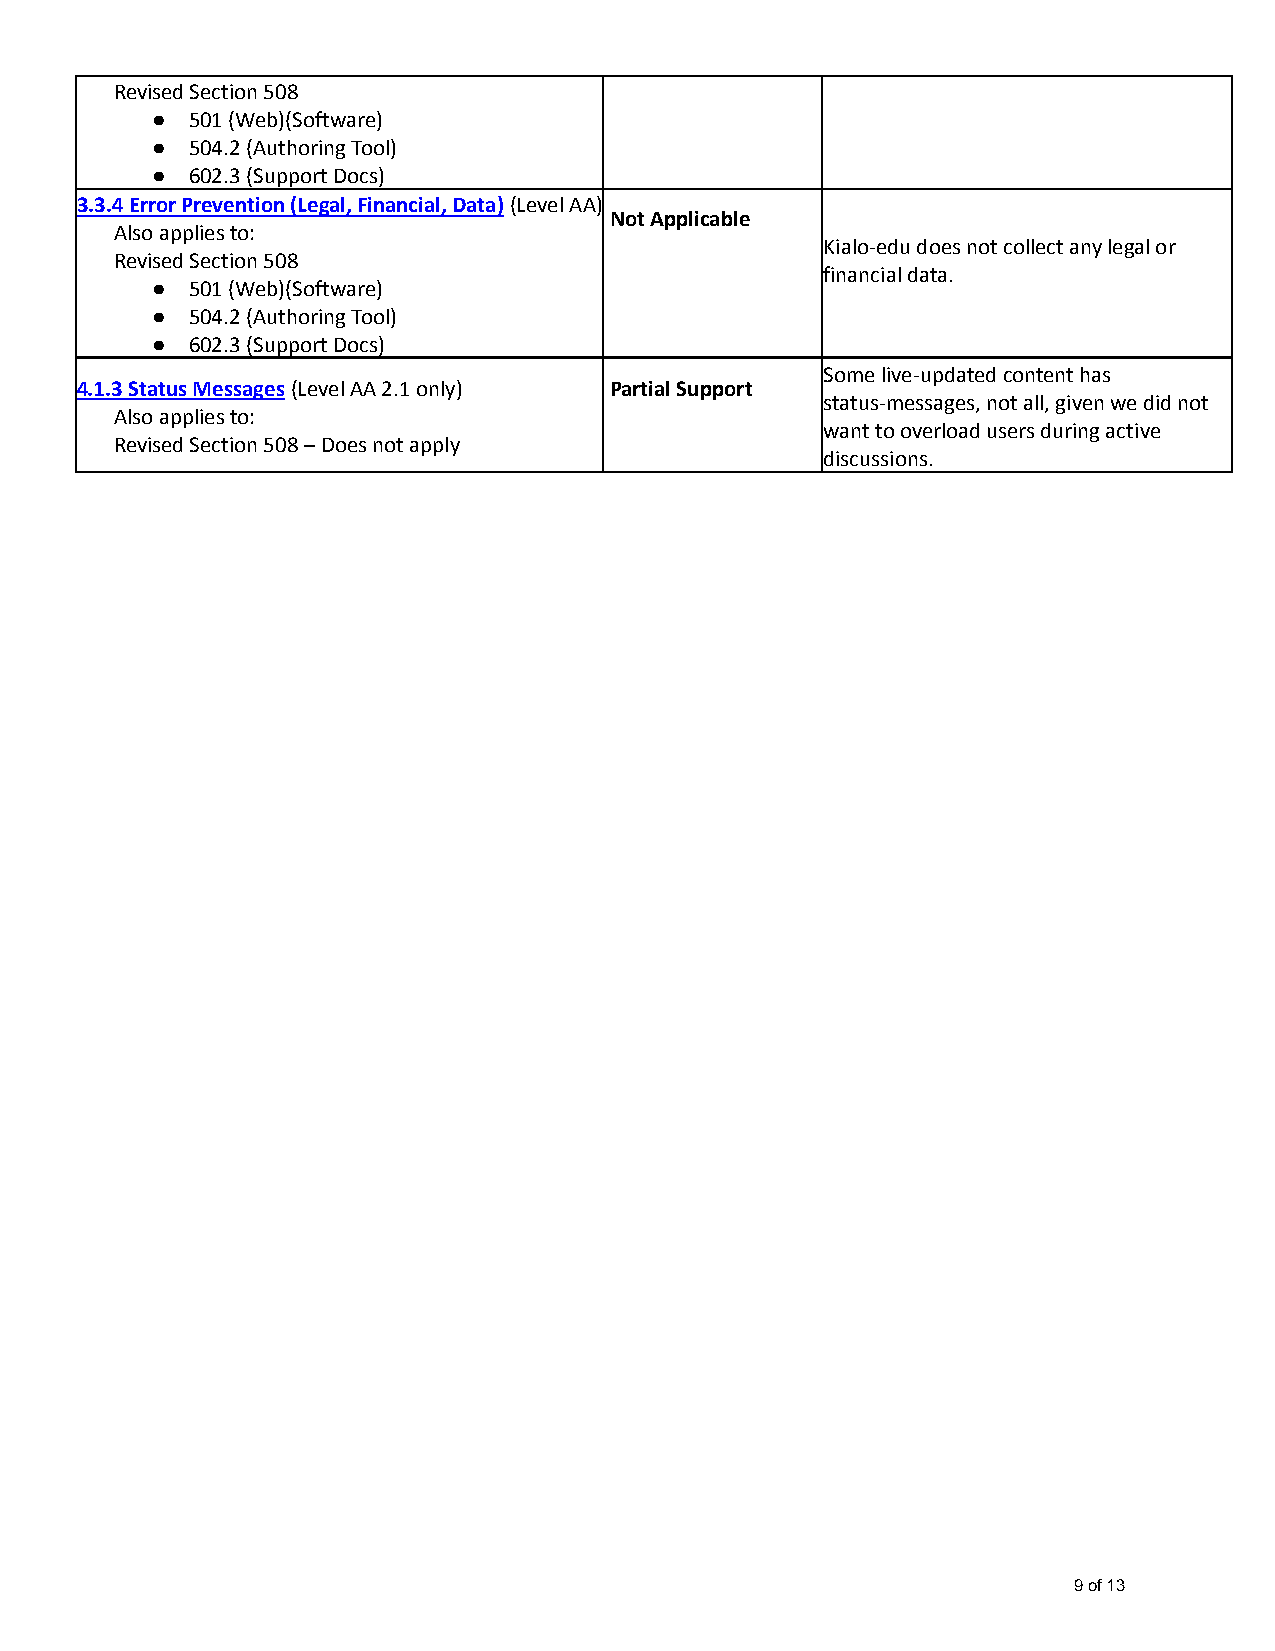
Revised Section 508
 ●  501 (Web)(Software)
 ●  504.2 (Authoring Tool)
 ●  602.3 (Support Docs)
 3.3.4 Error Prevention (Legal, Financial, Data)(LevelAA)
 Not Applicable
 Also applies to:
 Kialo-edu does not collect any legal or
 Revised Section 508
 financial data.
 ●  501 (Web)(Software)
 ●  504.2 (Authoring Tool)
 ●  602.3 (Support Docs)
 Some live-updated content has
 4.1.3 Status Messages(Level AA 2.1 only) Partial Support
 status-messages, not all, given we did not
 Also applies to:
 want to overload users during active
 Revised Section 508 – Does not apply
 discussions.
 9 of 13